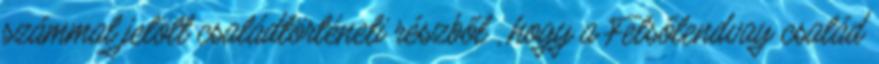
számmal jelölt családtörténeti részből , hogy a Felsőlendvay család